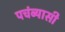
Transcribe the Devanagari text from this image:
पचंब्यासी